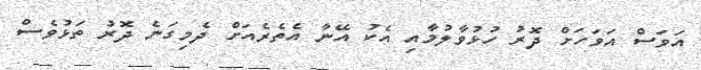
އަވަސް އަވަހަށް ދޮރު ހުޅުވާލުމާއި އެކު އޭނާ އެތެރެއަށް ދެމިގަނެ ދޮރު ތަޅުވެސް